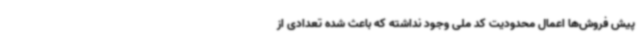
پیش فروش‌ها اعمال محدودیت کد ملی وجود نداشته که باعث شده تعدادی از